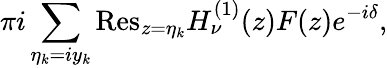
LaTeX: \pi i\sum_{\eta_{k}=iy_{k}}{\mathrm{Res}}_{z=\eta_{k}}H_{\nu}^{(1)}(z)F(z)e^{-i\delta},